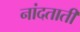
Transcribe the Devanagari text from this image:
नांदताती